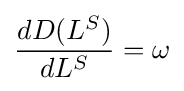
{\frac {dD(L^{S})}{dL^{S}}}=\omega